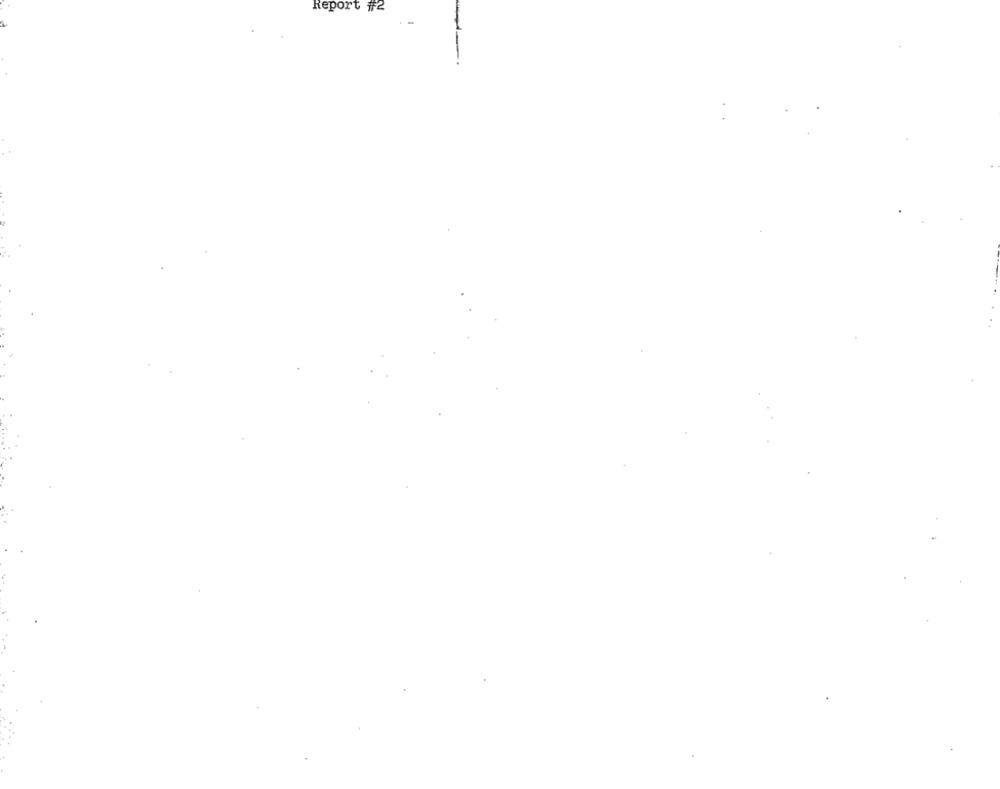
Report #2